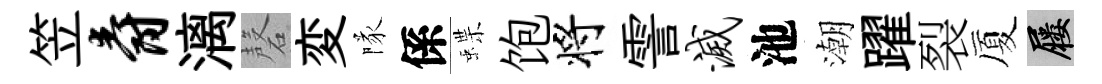
笠爵漓磬変隊係蝶饱将霅灭池潮躍裂厦屨